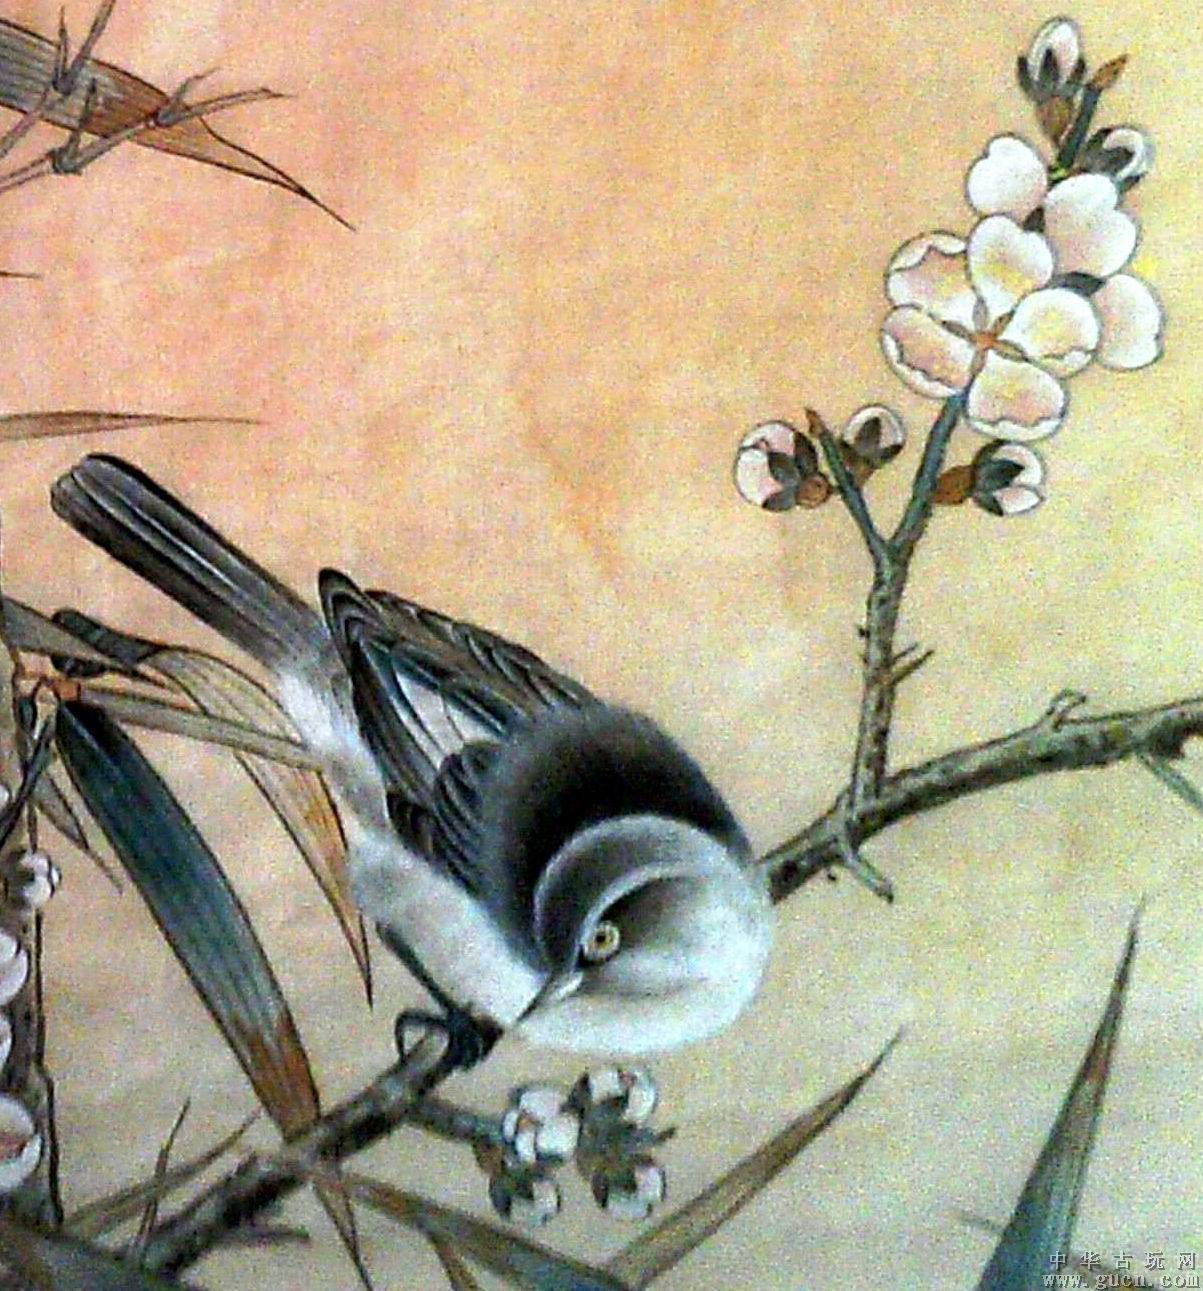
掩柴扉，谢他梅竹伴我冷书斋。